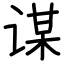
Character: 谋